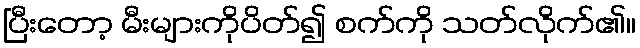
ပြီးတော့ မီးများကိုပိတ်၍ စက်ကို သတ်လိုက်၏။